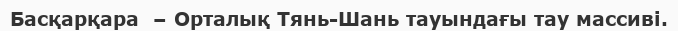
Басқарқара  – Орталық Тянь-Шань тауындағы тау массиві.